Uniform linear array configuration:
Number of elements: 4
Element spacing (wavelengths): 1
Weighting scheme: cosine
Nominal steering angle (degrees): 30
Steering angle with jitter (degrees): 31.23
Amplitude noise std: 0.05
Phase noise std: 0.05

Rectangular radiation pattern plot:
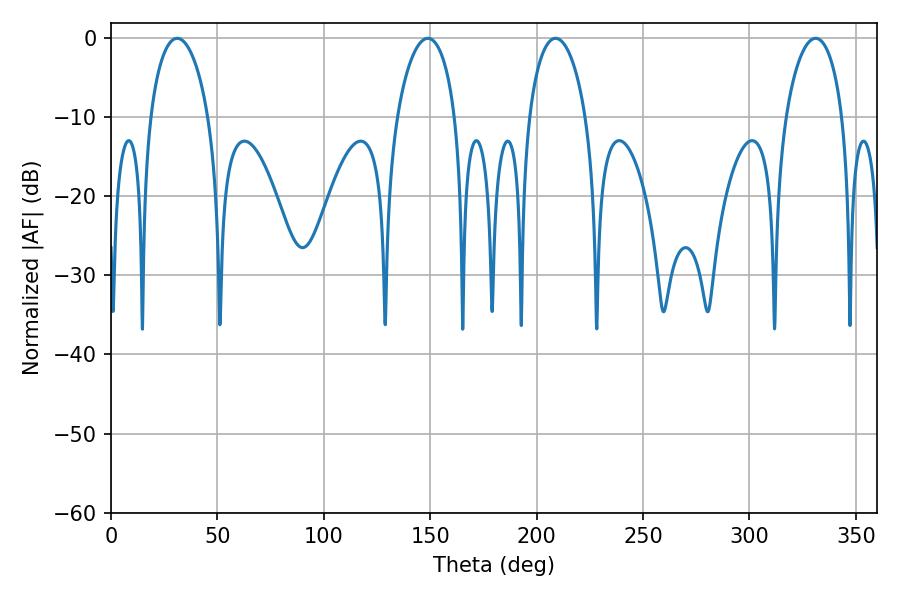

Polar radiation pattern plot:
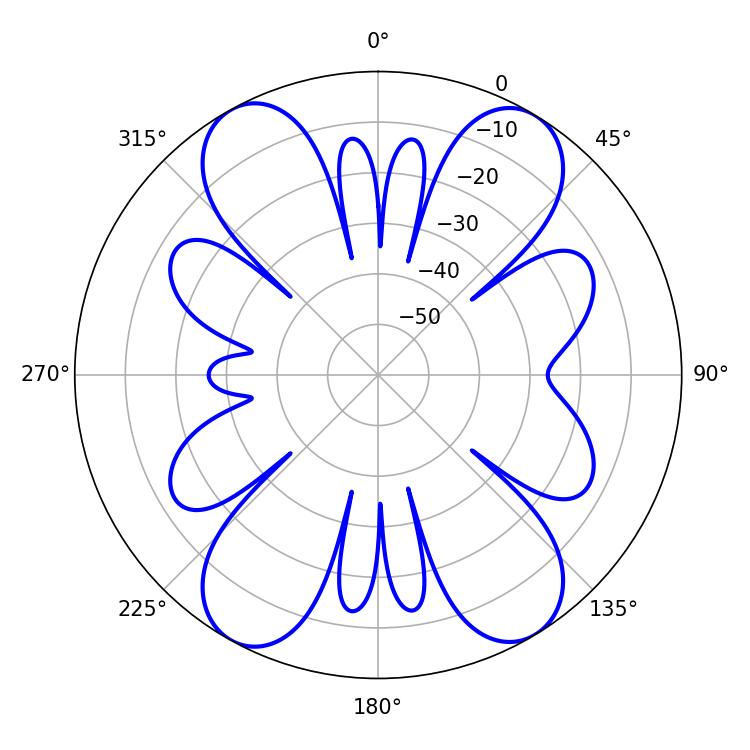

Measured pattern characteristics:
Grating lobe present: TRUE
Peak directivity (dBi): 18.124
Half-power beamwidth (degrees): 15.66
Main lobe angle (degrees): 31.14